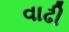
વાઢી